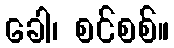
ခေါ၊ စင်စစ်။